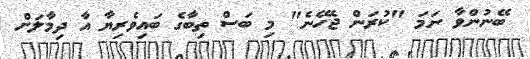
ބޭނުންވާ ނަމަ "ކުރަން ޖެހޭނެ" މި ބަސް ތިބާގެ ބައިވެރިޔާ އާ ދިމާލަށް